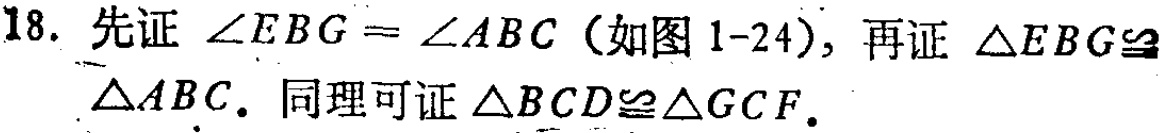
18. 先证 \(\angle EBG = \angle ABC\)（如图1-24），再证 \(\triangle EBG\cong\triangle ABC\). 同理可证 \(\triangle BCD\cong\triangle GCF\).